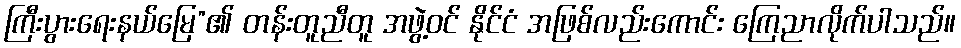
ကြီးပွားရေးနယ်မြေ”၏ တန်းတူညီတူ အဖွဲ့ဝင် နိုင်ငံ အဖြစ်လည်းကောင်း ကြေညာလိုက်ပါသည်။